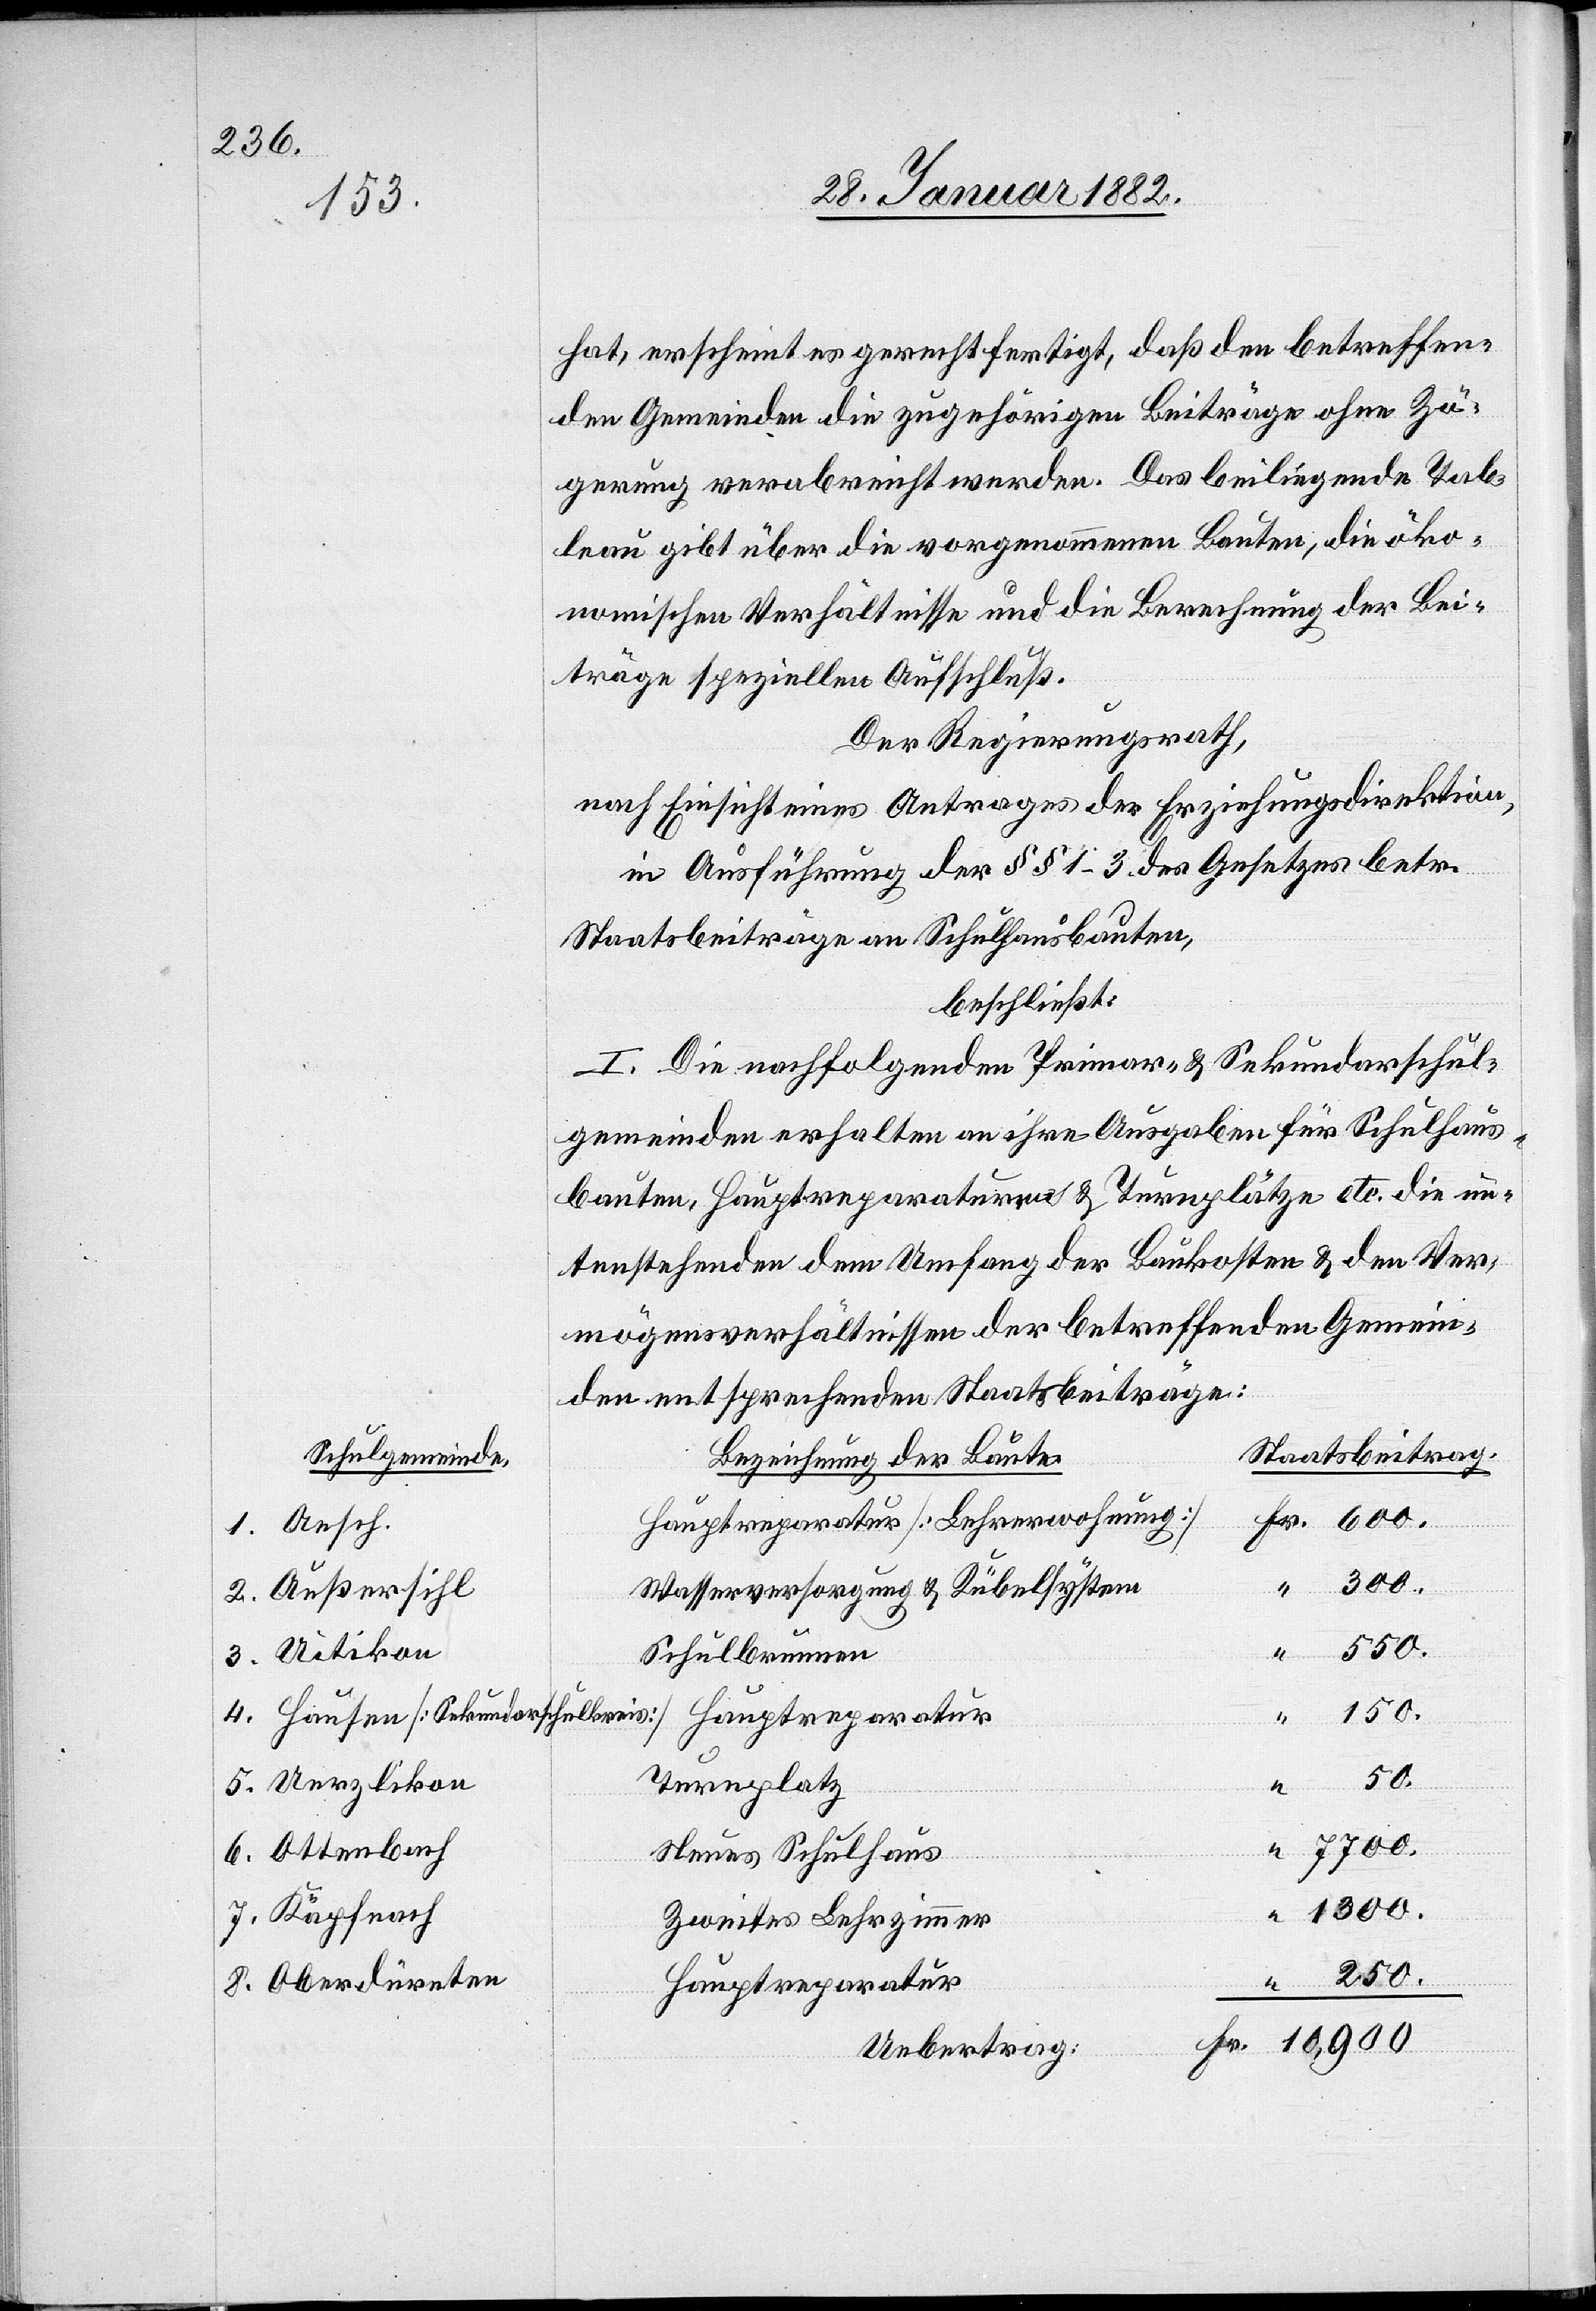
hat, erscheint es gerechtfertigt, daß den betreffen¬
den Gemeinden die zugehörigen Beiträge ohne Zö¬
gerung verabreicht werden. Das beiliegende Tab¬
leau gibt über die vorgenommenen Bauten, die öko¬
nomischen Verhältnisse und die Berechnung der Bei¬
träge speziellen Aufschluß.
Der Regierungsrath,
nach Einsicht eines Antrages der Erziehungsdirektion,
in Ausführung der §§ 1–3 des Gesetzes betr.
Staatbeitrag an Schulhausbauten,
beschließt:
I. Die nachfolgenden Primar- & Sekundarschul¬
gemeinden erhalten an ihre Ausgaben für Schulhaus¬
bauten, Hauptreparaturen & Turnplätze etc. die un¬
tenstehenden dem Umfang der Baukosten & den Ver¬
mögensverhältnissen der betreffenden Gemein¬
den entsprechenden Staatsbeiträge:
Staatsbeitrag
Schulgemeinde
Bezeichnung der Baute
Hauptreparatur [Lehrerwohnung]
Fr. 600.
1. Aesch
Wasserversorgung & Kübelsysten
2. Außersihl
550.
4.
3. Uitikon
150.
“
50.
Turnplatz
5. Uerzlikon
“ 7700.
Neues Schulhaus
6. Ottenbach
1300.
7. Käpfnach
Zweites Lehrzimmer
250.
8. Oberdürnten
Hauptreparatur
“